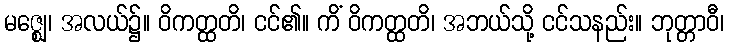
မဇ္ဈေ၊ အလယ်၌။ ဝိကတ္ထတိ၊ ငင်၏။ ကိံ ဝိကတ္ထတိ၊ အဘယ်သို့ ငင်သနည်း။ ဘုတ္တာဝီ၊